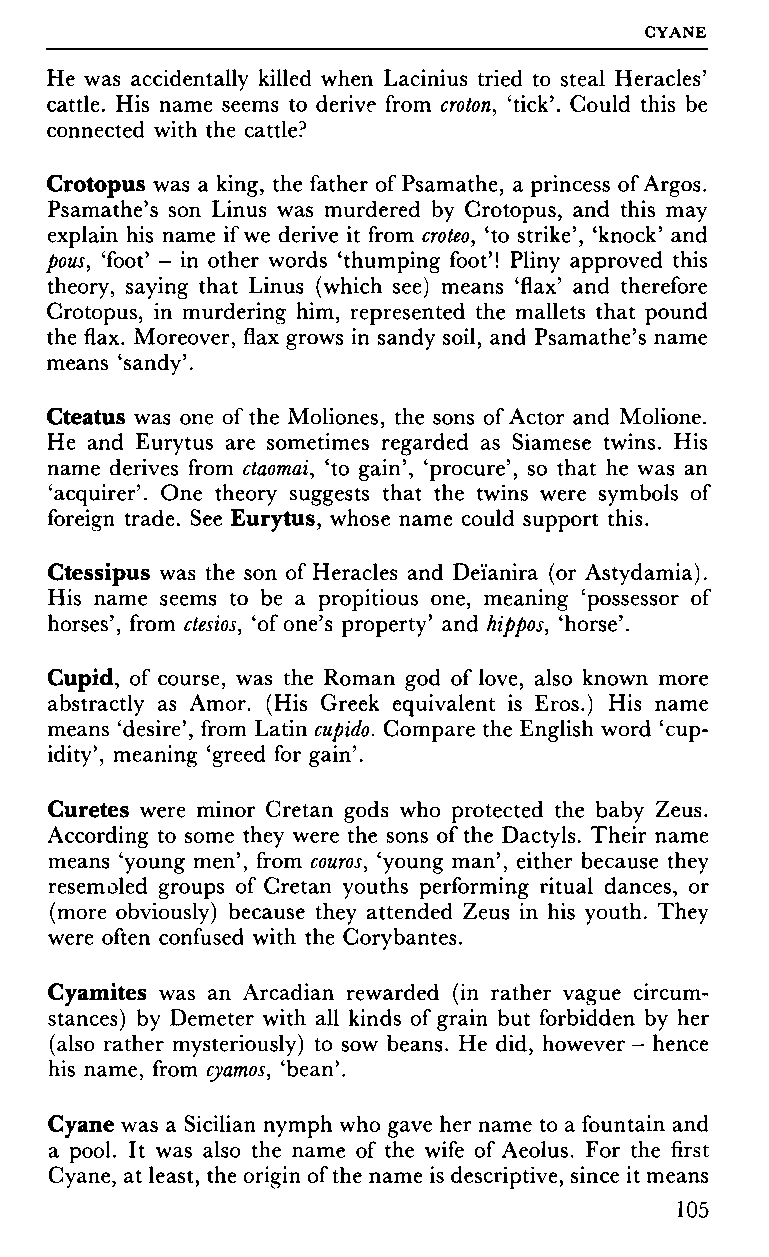
GYANE
 He was accidentally killed when Lacinius tried to steal Heracles'
 cattle. His name seems to derive from croton, 'tick'. Could this be
 connected with the cattle?
 Crotopus was a king, the father of Psamathe, a princess of Argos.
 Psamathe's son Linus was murdered by Crotopus, and this may
 explain his name if we derive it from croteo, 'to strike', 'knock' and
 pous, 'foot' - in other words 'thumping foot'! Pliny approved this
 theory, saying that Linus (which see) means 'flax' and therefore
 Crotopus, in murdering him, represented the mallets that pound
 the flax. Moreover, flax grows in sandy soil, and Psamathe's name
 means 'sandy'.
 Cteatus was one of the Moliones, the sons of Actor and Molione.
 He and Eurytus are sometimes regarded as Siamese twins. His
 name derives from ctaomai, 'to gain', 'procure', so that he was an
 'acquirer'. One theory suggests that the twins were symbols of
 foreign trade. See Eurytus, whose name could support this.
 Ctessipus was the son of Heracles and Dei'anira (or Astydamia).
 His name seems to be a propitious one, meaning 'possessor of
 horses', from ctesios, 'of one's property' and hippos, 'horse'.
 Cupid, of course, was the Roman god of love, also known more
 abstractly as Amor. (His Greek equivalent is Eros.) His name
 means 'desire', from Latin cupido. Compare the English word 'cup
 idity', meaning 'greed for gain'.
 Curetés were minor Cretan gods who protected the baby Zeus.
 According to some they were the sons of the Dactyls. Their name
 means 'young men', from couros, 'young man', either because they
 resemoled groups of Cretan youths performing ritual dances, or
 (more obviously) because they attended Zeus in his youth. They
 were often confused with the Corybantes.
 Cyamites was an Arcadian rewarded (in rather vague circum
 stances) by Demeter with all kinds of grain but forbidden by her
 (also rather mysteriously) to sow beans. He did, however - hence
 his name, from cyamos, 'bean'.
 Cyane was a Sicilian nymph who gave her name to a fountain and
 a pool. It was also the name of the wife of Aeolus. For the first
 Cyane, at least, the origin of the name is descriptive, since it means
 105